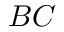
B C